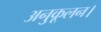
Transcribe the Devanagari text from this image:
अनुकूलन।